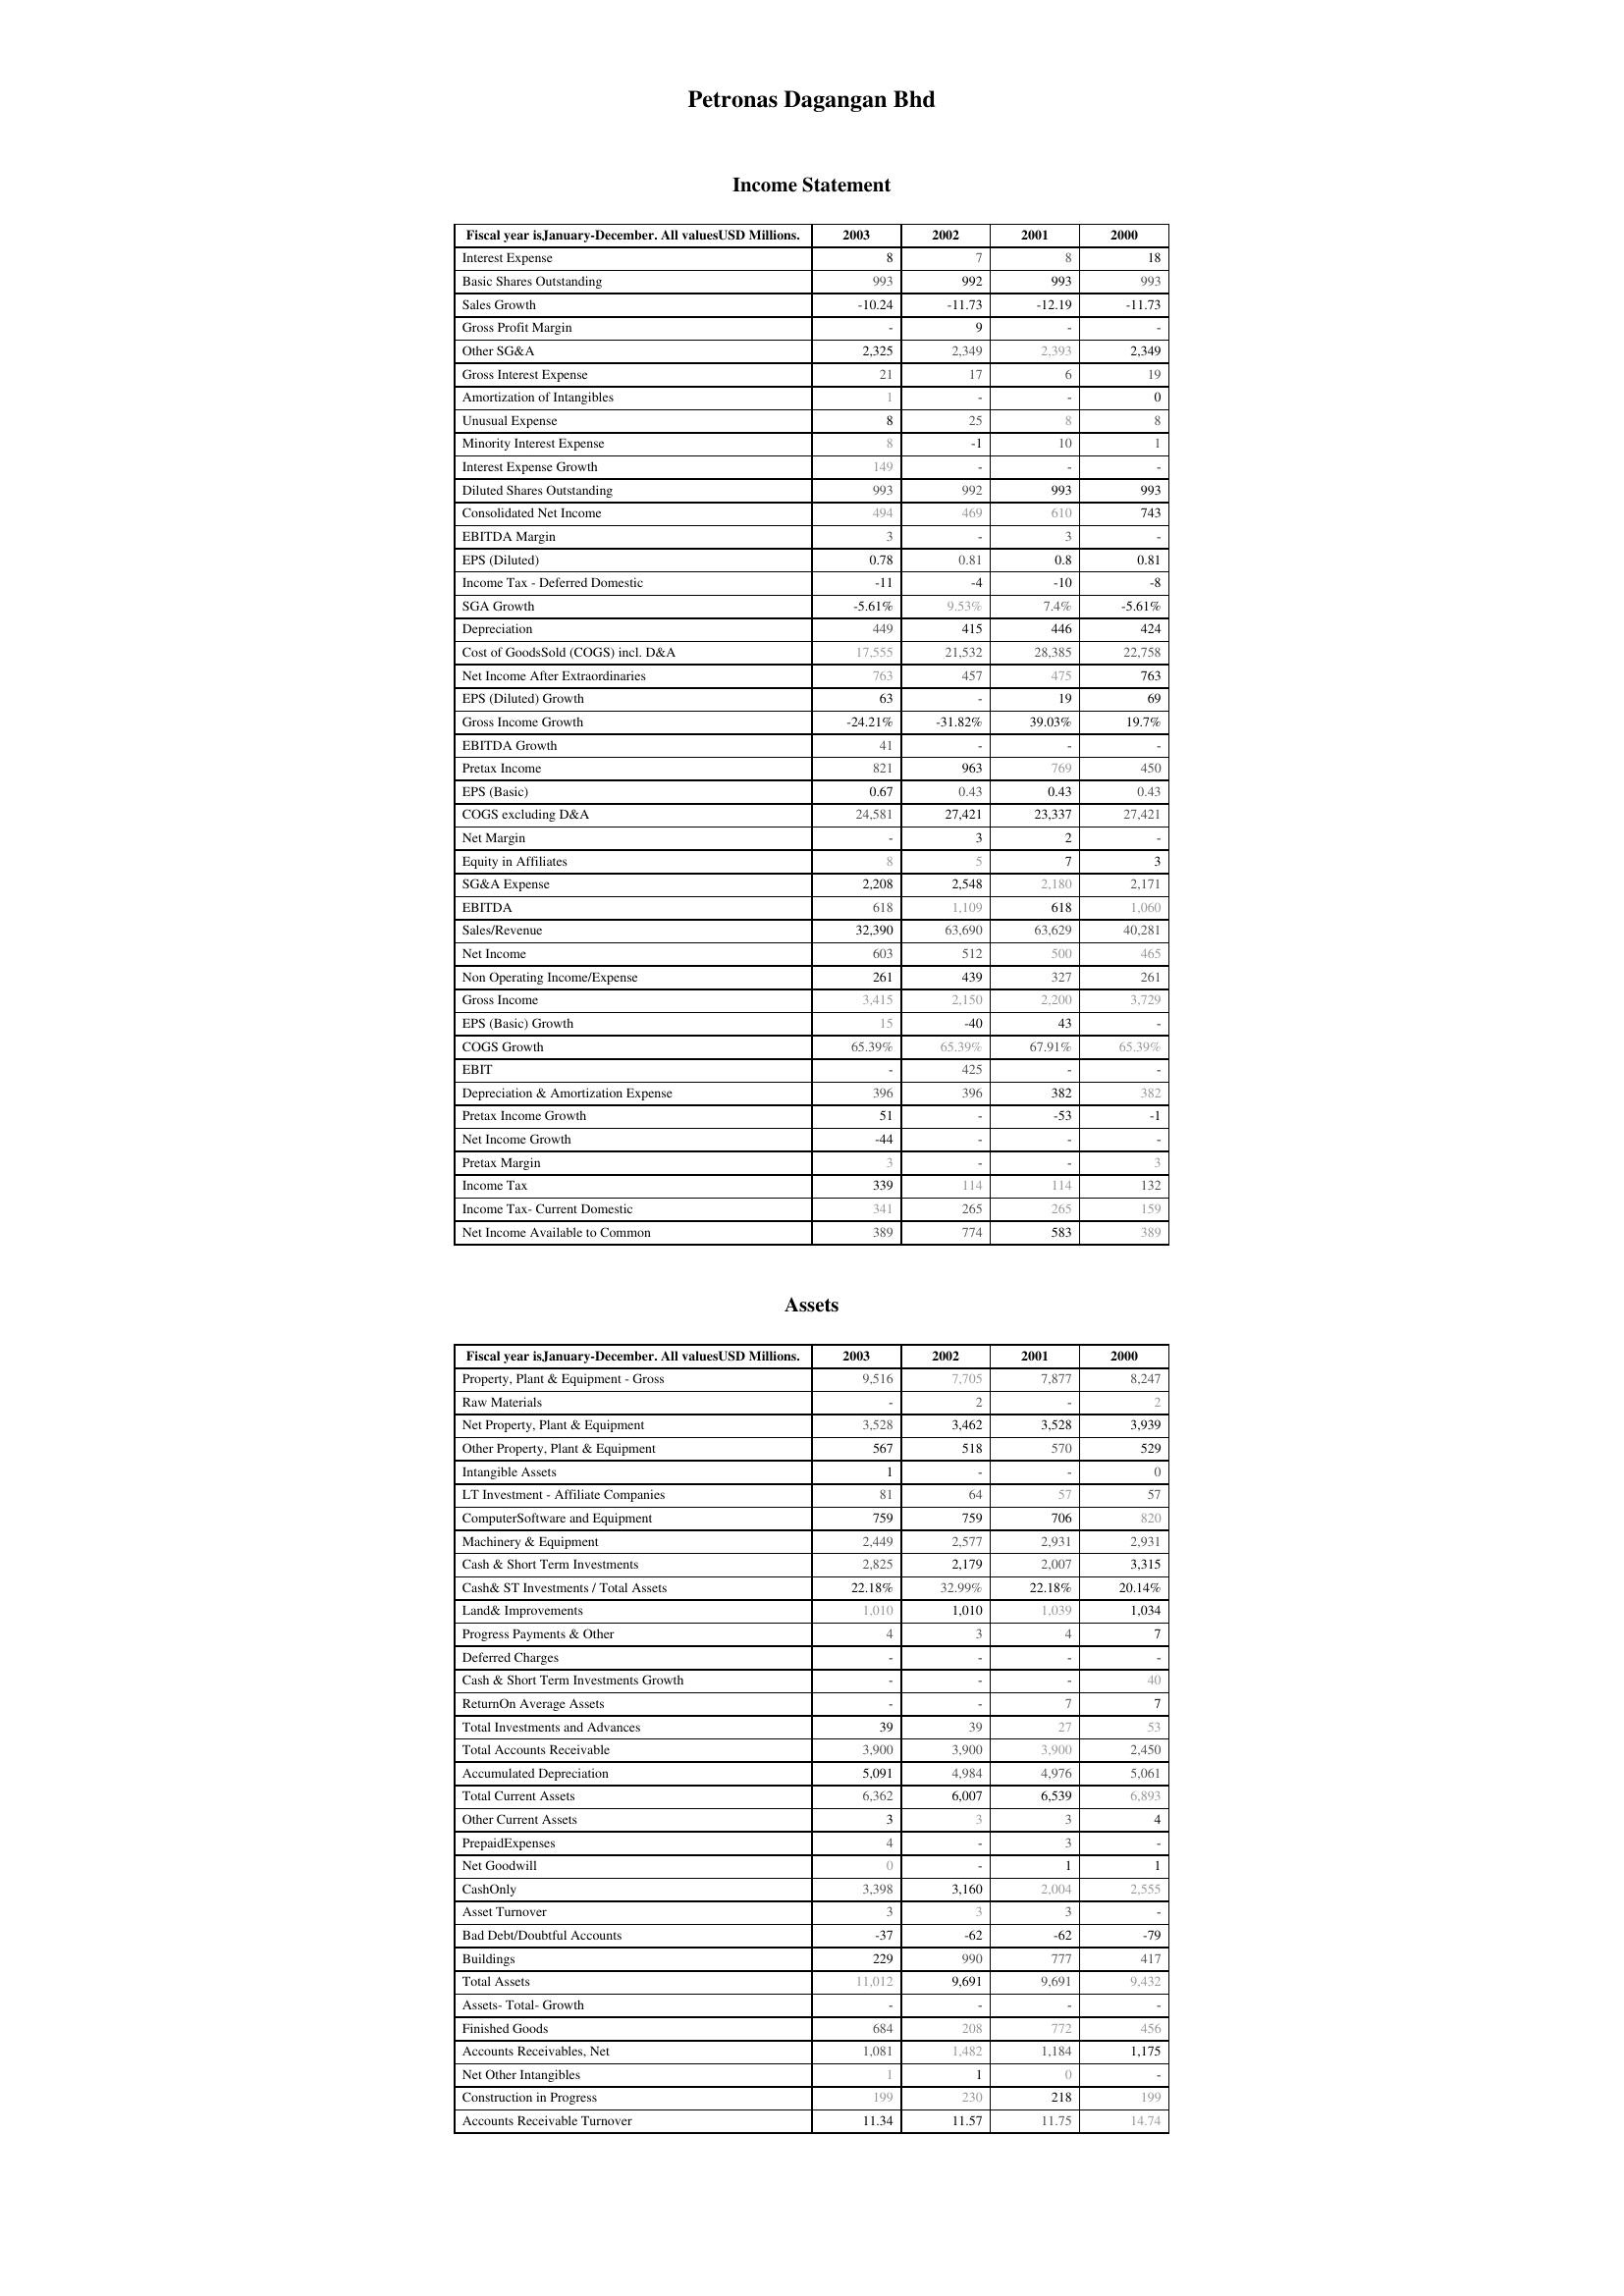
2003: Income Statement: Interest Expense: 8
Basic Shares Outstanding: 993
Sales Growth: -10.24
Gross Profit Margin: -
Other SG&A: 2,325
Gross Interest Expense: 21
Amortization of Intangibles: 1
Unusual Expense: 8
Minority Interest Expense: 8
Interest Expense Growth: 149
Diluted Shares Outstanding: 993
Consolidated Net Income: 494
EBITDA Margin: 3
EPS (Diluted): 0.78
Income Tax - Deferred Domestic: -11
SGA Growth: -5.61%
Depreciation: 449
Cost of GoodsSold (COGS) incl. D&A: 17,555
Net Income After Extraordinaries: 763
EPS (Diluted) Growth: 63
Gross Income Growth: -24.21%
EBITDA Growth: 41
Pretax Income: 821
EPS (Basic): 0.67
COGS excluding D&A: 24,581
Net Margin: -
Equity in Affiliates: 8
SG&A Expense: 2,208
EBITDA: 618
Sales/Revenue: 32,390
Net Income: 603
Non Operating Income/Expense: 261
Gross Income: 3,415
EPS (Basic) Growth: 15
COGS Growth: 65.39%
EBIT: -
Depreciation & Amortization Expense: 396
Pretax Income Growth: 51
Net Income Growth: -44
Pretax Margin: 3
Income Tax: 339
Income Tax- Current Domestic: 341
Net Income Available to Common: 389
Assets: Property, Plant & Equipment - Gross : 9,516
Raw Materials: -
Net Property, Plant & Equipment: 3,528
Other Property, Plant & Equipment: 567
Intangible Assets: 1
LT Investment - Affiliate Companies: 81
ComputerSoftware and Equipment: 759
Machinery & Equipment: 2,449
Cash & Short Term Investments: 2,825
Cash& ST Investments / Total Assets: 22.18%
Land& Improvements: 1,010
Progress Payments & Other: 4
Deferred Charges: -
Cash & Short Term Investments Growth: -
ReturnOn Average Assets: -
Total Investments and Advances: 39
Total Accounts Receivable: 3,900
Accumulated Depreciation: 5,091
Total Current Assets: 6,362
Other Current Assets: 3
PrepaidExpenses: 4
Net Goodwill: 0
CashOnly: 3,398
Asset Turnover: 3
Bad Debt/Doubtful Accounts: -37
Buildings: 229
Total Assets: 11,012
Assets- Total- Growth: -
Finished Goods: 684
Accounts Receivables, Net: 1,081
Net Other Intangibles: 1
Construction in Progress: 199
Accounts Receivable Turnover: 11.34
2002: Income Statement: Interest Expense: 7
Basic Shares Outstanding: 992
Sales Growth: -11.73
Gross Profit Margin: 9
Other SG&A: 2,349
Gross Interest Expense: 17
Amortization of Intangibles: -
Unusual Expense: 25
Minority Interest Expense: -1
Interest Expense Growth: -
Diluted Shares Outstanding: 992
Consolidated Net Income: 469
EBITDA Margin: -
EPS (Diluted): 0.81
Income Tax - Deferred Domestic: -4
SGA Growth: 9.53%
Depreciation: 415
Cost of GoodsSold (COGS) incl. D&A: 21,532
Net Income After Extraordinaries: 457
EPS (Diluted) Growth: -
Gross Income Growth: -31.82%
EBITDA Growth: -
Pretax Income: 963
EPS (Basic): 0.43
COGS excluding D&A: 27,421
Net Margin: 3
Equity in Affiliates: 5
SG&A Expense: 2,548
EBITDA: 1,109
Sales/Revenue: 63,690
Net Income: 512
Non Operating Income/Expense: 439
Gross Income: 2,150
EPS (Basic) Growth: -40
COGS Growth: 65.39%
EBIT: 425
Depreciation & Amortization Expense: 396
Pretax Income Growth: -
Net Income Growth: -
Pretax Margin: -
Income Tax: 114
Income Tax- Current Domestic: 265
Net Income Available to Common: 774
Assets: Property, Plant & Equipment - Gross : 7,705
Raw Materials: 2
Net Property, Plant & Equipment: 3,462
Other Property, Plant & Equipment: 518
Intangible Assets: -
LT Investment - Affiliate Companies: 64
ComputerSoftware and Equipment: 759
Machinery & Equipment: 2,577
Cash & Short Term Investments: 2,179
Cash& ST Investments / Total Assets: 32.99%
Land& Improvements: 1,010
Progress Payments & Other: 3
Deferred Charges: -
Cash & Short Term Investments Growth: -
ReturnOn Average Assets: -
Total Investments and Advances: 39
Total Accounts Receivable: 3,900
Accumulated Depreciation: 4,984
Total Current Assets: 6,007
Other Current Assets: 3
PrepaidExpenses: -
Net Goodwill: -
CashOnly: 3,160
Asset Turnover: 3
Bad Debt/Doubtful Accounts: -62
Buildings: 990
Total Assets: 9,691
Assets- Total- Growth: -
Finished Goods: 208
Accounts Receivables, Net: 1,482
Net Other Intangibles: 1
Construction in Progress: 230
Accounts Receivable Turnover: 11.57
2001: Income Statement: Interest Expense: 8
Basic Shares Outstanding: 993
Sales Growth: -12.19
Gross Profit Margin: -
Other SG&A: 2,393
Gross Interest Expense: 6
Amortization of Intangibles: -
Unusual Expense: 8
Minority Interest Expense: 10
Interest Expense Growth: -
Diluted Shares Outstanding: 993
Consolidated Net Income: 610
EBITDA Margin: 3
EPS (Diluted): 0.8
Income Tax - Deferred Domestic: -10
SGA Growth: 7.4%
Depreciation: 446
Cost of GoodsSold (COGS) incl. D&A: 28,385
Net Income After Extraordinaries: 475
EPS (Diluted) Growth: 19
Gross Income Growth: 39.03%
EBITDA Growth: -
Pretax Income: 769
EPS (Basic): 0.43
COGS excluding D&A: 23,337
Net Margin: 2
Equity in Affiliates: 7
SG&A Expense: 2,180
EBITDA: 618
Sales/Revenue: 63,629
Net Income: 500
Non Operating Income/Expense: 327
Gross Income: 2,200
EPS (Basic) Growth: 43
COGS Growth: 67.91%
EBIT: -
Depreciation & Amortization Expense: 382
Pretax Income Growth: -53
Net Income Growth: -
Pretax Margin: -
Income Tax: 114
Income Tax- Current Domestic: 265
Net Income Available to Common: 583
Assets: Property, Plant & Equipment - Gross : 7,877
Raw Materials: -
Net Property, Plant & Equipment: 3,528
Other Property, Plant & Equipment: 570
Intangible Assets: -
LT Investment - Affiliate Companies: 57
ComputerSoftware and Equipment: 706
Machinery & Equipment: 2,931
Cash & Short Term Investments: 2,007
Cash& ST Investments / Total Assets: 22.18%
Land& Improvements: 1,039
Progress Payments & Other: 4
Deferred Charges: -
Cash & Short Term Investments Growth: -
ReturnOn Average Assets: 7
Total Investments and Advances: 27
Total Accounts Receivable: 3,900
Accumulated Depreciation: 4,976
Total Current Assets: 6,539
Other Current Assets: 3
PrepaidExpenses: 3
Net Goodwill: 1
CashOnly: 2,004
Asset Turnover: 3
Bad Debt/Doubtful Accounts: -62
Buildings: 777
Total Assets: 9,691
Assets- Total- Growth: -
Finished Goods: 772
Accounts Receivables, Net: 1,184
Net Other Intangibles: 0
Construction in Progress: 218
Accounts Receivable Turnover: 11.75
2000: Income Statement: Interest Expense: 18
Basic Shares Outstanding: 993
Sales Growth: -11.73
Gross Profit Margin: -
Other SG&A: 2,349
Gross Interest Expense: 19
Amortization of Intangibles: 0
Unusual Expense: 8
Minority Interest Expense: 1
Interest Expense Growth: -
Diluted Shares Outstanding: 993
Consolidated Net Income: 743
EBITDA Margin: -
EPS (Diluted): 0.81
Income Tax - Deferred Domestic: -8
SGA Growth: -5.61%
Depreciation: 424
Cost of GoodsSold (COGS) incl. D&A: 22,758
Net Income After Extraordinaries: 763
EPS (Diluted) Growth: 69
Gross Income Growth: 19.7%
EBITDA Growth: -
Pretax Income: 450
EPS (Basic): 0.43
COGS excluding D&A: 27,421
Net Margin: -
Equity in Affiliates: 3
SG&A Expense: 2,171
EBITDA: 1,060
Sales/Revenue: 40,281
Net Income: 465
Non Operating Income/Expense: 261
Gross Income: 3,729
EPS (Basic) Growth: -
COGS Growth: 65.39%
EBIT: -
Depreciation & Amortization Expense: 382
Pretax Income Growth: -1
Net Income Growth: -
Pretax Margin: 3
Income Tax: 132
Income Tax- Current Domestic: 159
Net Income Available to Common: 389
Assets: Property, Plant & Equipment - Gross : 8,247
Raw Materials: 2
Net Property, Plant & Equipment: 3,939
Other Property, Plant & Equipment: 529
Intangible Assets: 0
LT Investment - Affiliate Companies: 57
ComputerSoftware and Equipment: 820
Machinery & Equipment: 2,931
Cash & Short Term Investments: 3,315
Cash& ST Investments / Total Assets: 20.14%
Land& Improvements: 1,034
Progress Payments & Other: 7
Deferred Charges: -
Cash & Short Term Investments Growth: 40
ReturnOn Average Assets: 7
Total Investments and Advances: 53
Total Accounts Receivable: 2,450
Accumulated Depreciation: 5,061
Total Current Assets: 6,893
Other Current Assets: 4
PrepaidExpenses: -
Net Goodwill: 1
CashOnly: 2,555
Asset Turnover: -
Bad Debt/Doubtful Accounts: -79
Buildings: 417
Total Assets: 9,432
Assets- Total- Growth: -
Finished Goods: 456
Accounts Receivables, Net: 1,175
Net Other Intangibles: -
Construction in Progress: 199
Accounts Receivable Turnover: 14.74